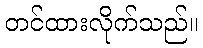
တင်ထားလိုက်သည်။